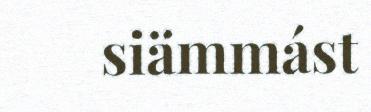
siämmást